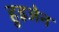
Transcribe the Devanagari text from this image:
हुइजेन